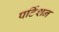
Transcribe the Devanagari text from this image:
पर्टिशन